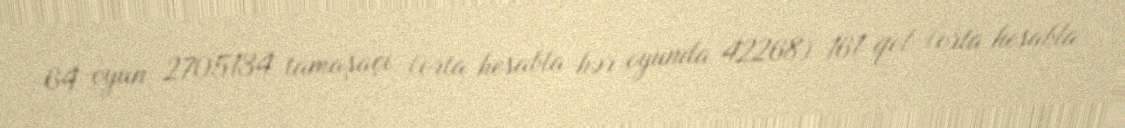
64 oyun, 2705134 tamaşaçı (orta hesabla hər oyunda 42268) 161 qol (orta hesabla